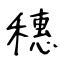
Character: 穗